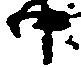
中